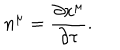
n ^ { \mu } = \frac { \partial x ^ { \mu } } { \partial \tau } .